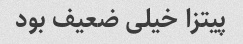
پیتزا خیلی ضعیف بود